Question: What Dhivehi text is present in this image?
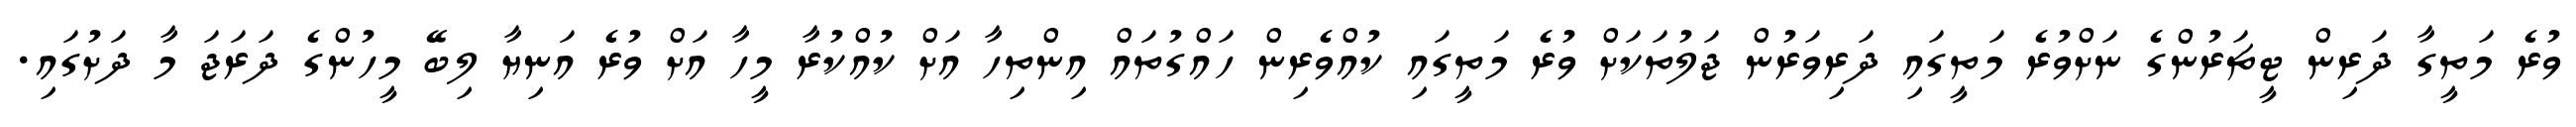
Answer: ވުރެ މަތީގާ ދަރިން ޓީޗަރުންގެ ނަށްވުރެ މަތީގައި ދަރިވަރުން ޖަލުތަކަށް ވުރެ މަތީގައި ކުއްވެރިން ހައްގުތައް އިންތިހާ އަށް ކުއްކުރާ މީހާ އަށް ވުރެ އަނިޔާ ލިބޭ މީހުންގެ ދަރަޖަ މާ ދަށުގައި.